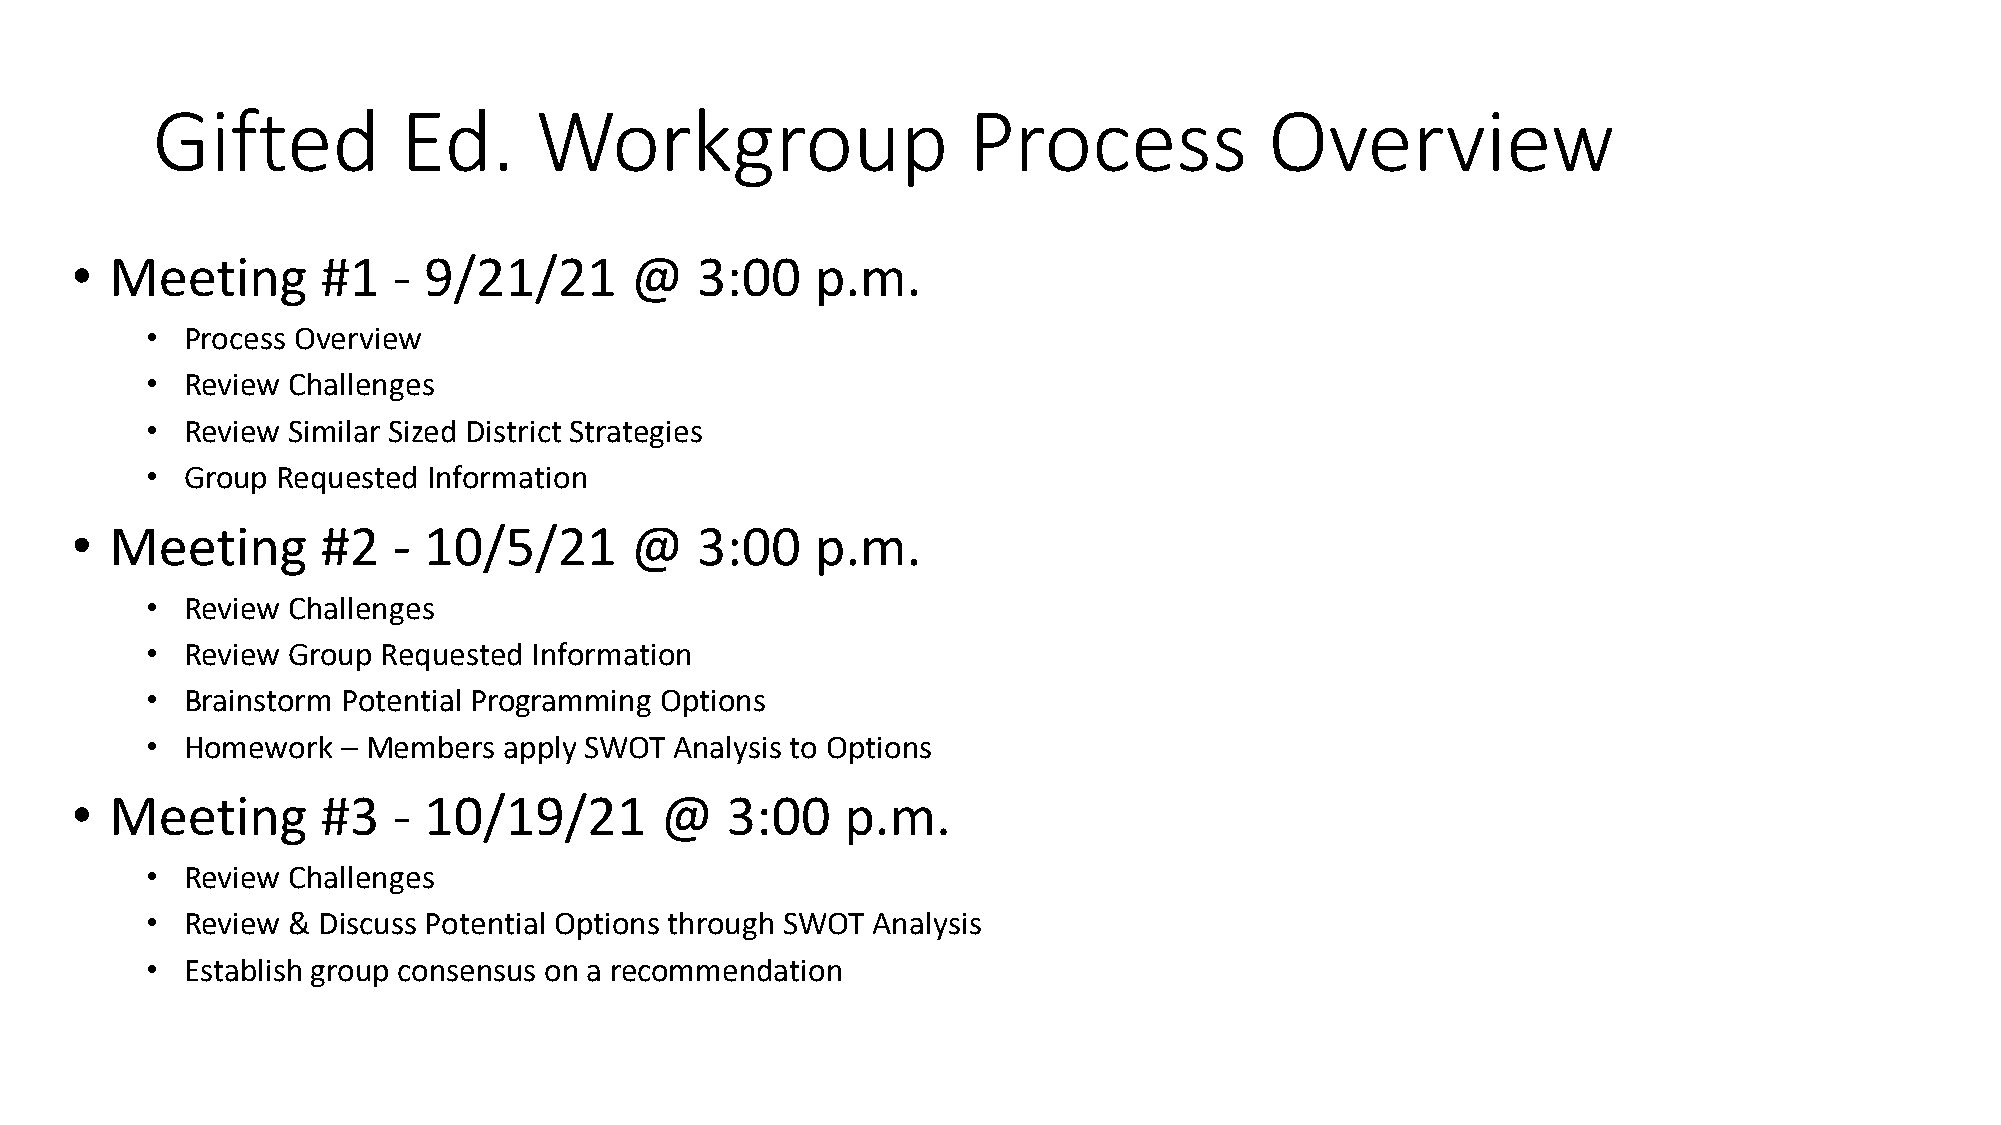
Gifted           Ed.     Workgroup                    Process             Overview
 • Meeting       #1   - 9/21/21       @   3:00    p.m.
 • Process Overview
 • Review Challenges
 • Review Similar Sized District Strategies
 • Group Requested Information
 • Meeting       #2   - 10/5/21       @   3:00    p.m.
 • Review Challenges
 • Review Group Requested Information
 • Brainstorm Potential Programming Options
 • Homework   – Members apply SWOT  Analysis to Options
 • Meeting       #3   - 10/19/21        @   3:00    p.m.
 • Review Challenges
 • Review & Discuss Potential Options through SWOT Analysis
 • Establish group consensus on a recommendation